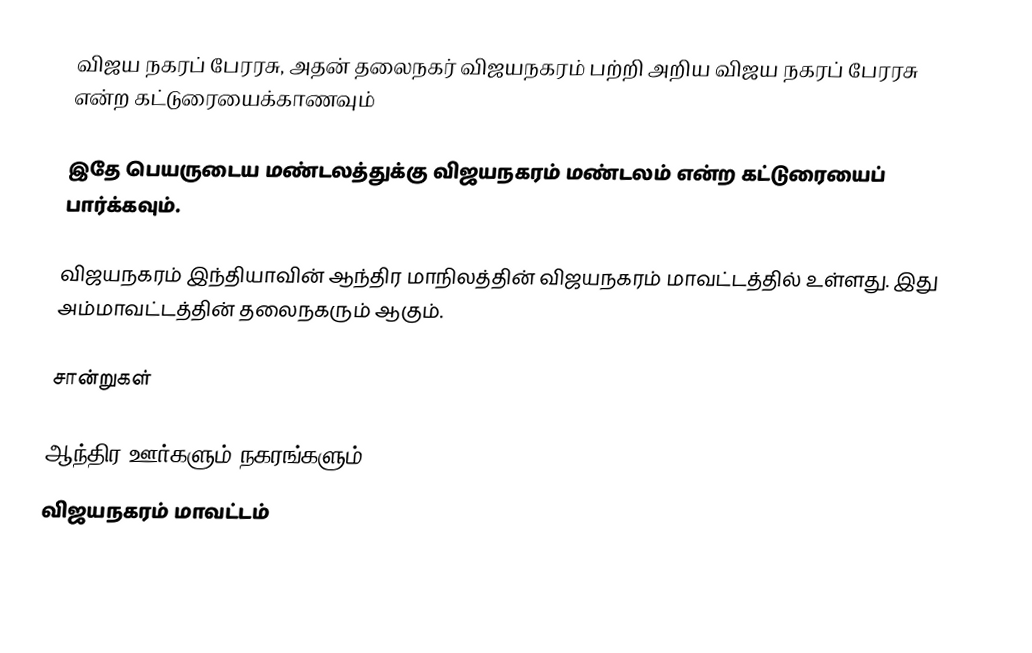
விஜய நகரப் பேரரசு, அதன் தலைநகர் விஜயநகரம் பற்றி   அறிய  விஜய நகரப் பேரரசு என்ற கட்டுரையைக்காணவும்

இதே பெயருடைய மண்டலத்துக்கு விஜயநகரம் மண்டலம் என்ற கட்டுரையைப் பார்க்கவும்.

விஜயநகரம் இந்தியாவின் ஆந்திர மாநிலத்தின் விஜயநகரம் மாவட்டத்தில் உள்ளது. இது அம்மாவட்டத்தின் தலைநகரும் ஆகும்.

சான்றுகள்

ஆந்திர ஊர்களும் நகரங்களும்
விஜயநகரம் மாவட்டம்